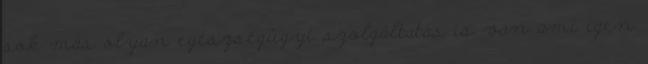
sok más olyan egészségügyi szolgáltatás is van ami igen